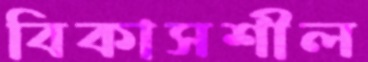
বিকাসশীল